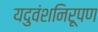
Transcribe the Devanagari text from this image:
यदुवंशनिरूपण